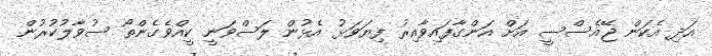
އަދި އެކަން ޖޭއެސްސީ އަށް އަންގާފައިވާއިރު ފިޔަވަޅު އެޅުން ލަސްވަނީ ކީއްވެގެންތޯ ސުވާލުކުރުން